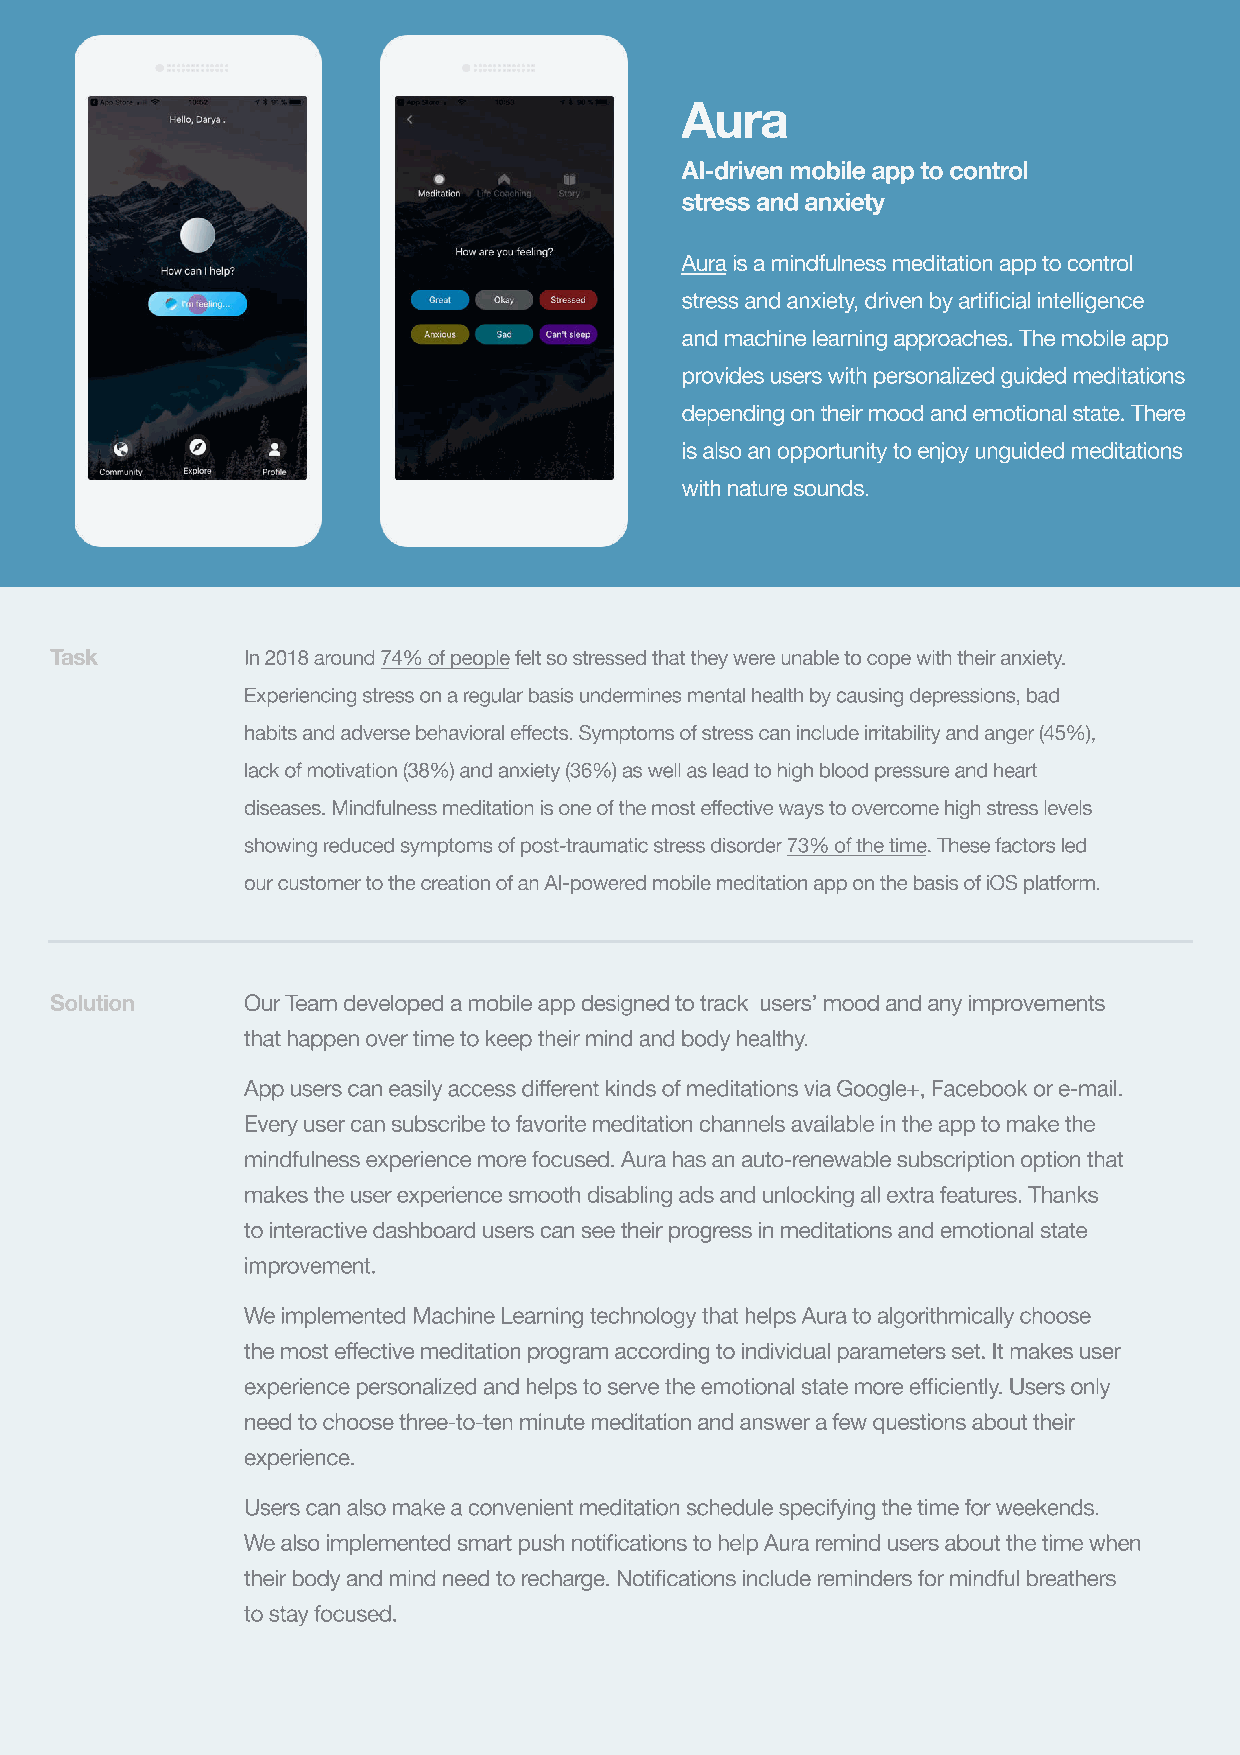
Aura
 AI-driven mobile app to control
 stress and anxiety
 Aura is a mindfulness meditation app to control
 stress and anxiety, driven by artificial intelligence
 and machine learning approaches. The mobile app
 provides users with personalized guided meditations
 depending on their mood and emotional state. There
 is also an opportunity to enjoy unguided meditations
 with nature sounds.
 Task         In 2018 around 74% of people felt so stressed that they were unable to cope with their anxiety.
 Experiencing stress on a regular basis undermines mental health by causing depressions, bad
 habits and adverse behavioral effects. Symptoms of stress can include irritability and anger (45%),
 lack of motivation (38%) and anxiety (36%) as well as lead to high blood pressure and heart
 diseases. Mindfulness meditation is one of the most effective ways to overcome high stress levels
 showing reduced symptoms of post-traumatic stress disorder 73% of the time. These factors led
 our customer to the creation of an AI-powered mobile meditation app on the basis of iOS platform.
 Solution     Our Team developed a mobile app designed to track users’ mood and any improvements
 that happen over time to keep their mind and body healthy.
 App users can easily access different kinds of meditations via Google+, Facebook or e-mail.
 Every user can subscribe to favorite meditation channels available in the app to make the
 mindfulness experience more focused. Aura has an auto-renewable subscription option that
 makes the user experience smooth disabling ads and unlocking all extra features. Thanks
 to interactive dashboard users can see their progress in meditations and emotional state
 improvement.
 We implemented Machine Learning technology that helps Aura to algorithmically choose
 the most effective meditation program according to individual parameters set. It makes user
 experience personalized and helps to serve the emotional state more efficiently. Users only
 need to choose three-to-ten minute meditation and answer a few questions about their
 experience.
 Users can also make a convenient meditation schedule specifying the time for weekends.
 We also implemented smart push notifications to help Aura remind users about the time when
 their body and mind need to recharge. Notifications include reminders for mindful breathers
 to stay focused.